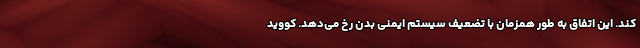
کند. این اتفاق به طور همزمان با تضعیف سیستم ایمنی بدن رخ می‌دهد. کووید